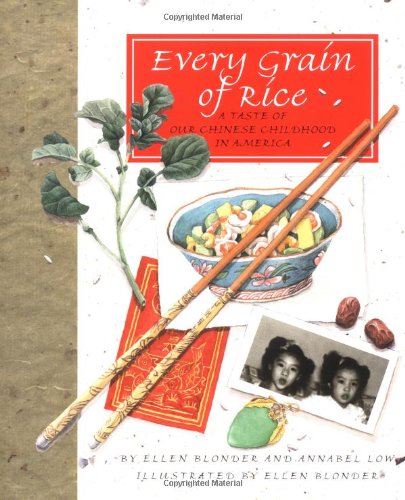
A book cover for Every Grain of Rice: A Taste of Our Chinese Childhood in America; Ellen Leong Blonder; Cookbooks, Food & Wine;